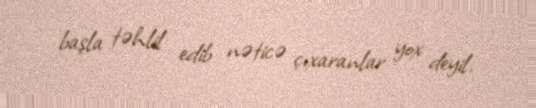
başla təhlil edib nəticə çıxaranlar yox deyil.